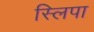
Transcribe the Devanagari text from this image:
स्लिपा